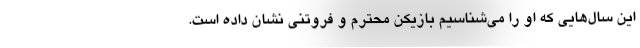
این سال‌هایی که او را می‌شناسیم بازیکن محترم و فروتنی نشان داده است.